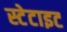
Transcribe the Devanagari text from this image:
स्टेटाइट